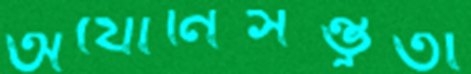
অযোনিসম্ভুতা